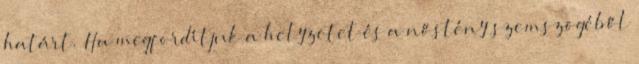
határt. Ha megfordítjuk a helyzetet és a nőstény szemszögéből